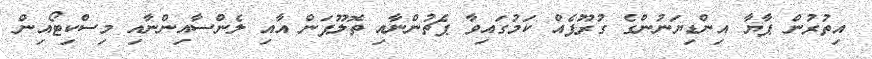
އިތުރުން ޕާޔާ އިންޑިޔަނުންގެ ގުރޫޕެއް ކަމުގައިވާ ޕެޗުންނާއި ތޮލޫޕަން އާއި ލެންސާއިންނާއި މިސްކިޓޯއިން